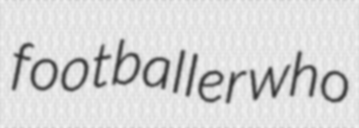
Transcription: footballer who